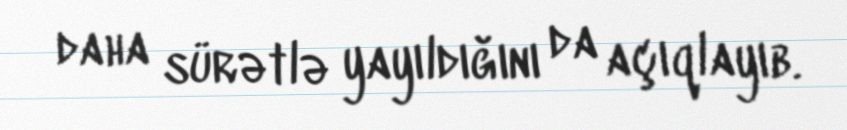
daha sürətlə yayıldığını da açıqlayıb.